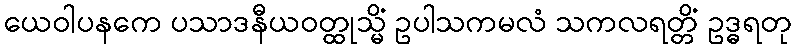
ယေဝါပနကေ ပသာဒနီယဝတ္ထုသ္မိံ ဥပါသကမလံ သကလရတ္တိံ ဥဒ္ဓရတု